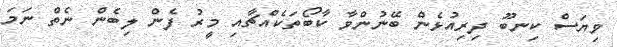
ވިޔަސް ކިނބޫ ދިރިއުޅެން ބޭނުންވާ ކާބޯތަކެއްޗާއި މީރު ފެން ލިބެން ނެތް ނަމަ